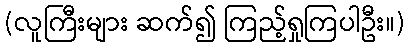
(လူကြီးများ ဆက်၍ ကြည့်ရှုကြပါဦး။)